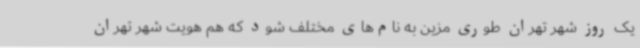
یک روز شهر تهران طوری مزین به نام‌های مختلف شود که هم هویت شهر تهران